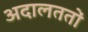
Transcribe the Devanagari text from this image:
अदालततों